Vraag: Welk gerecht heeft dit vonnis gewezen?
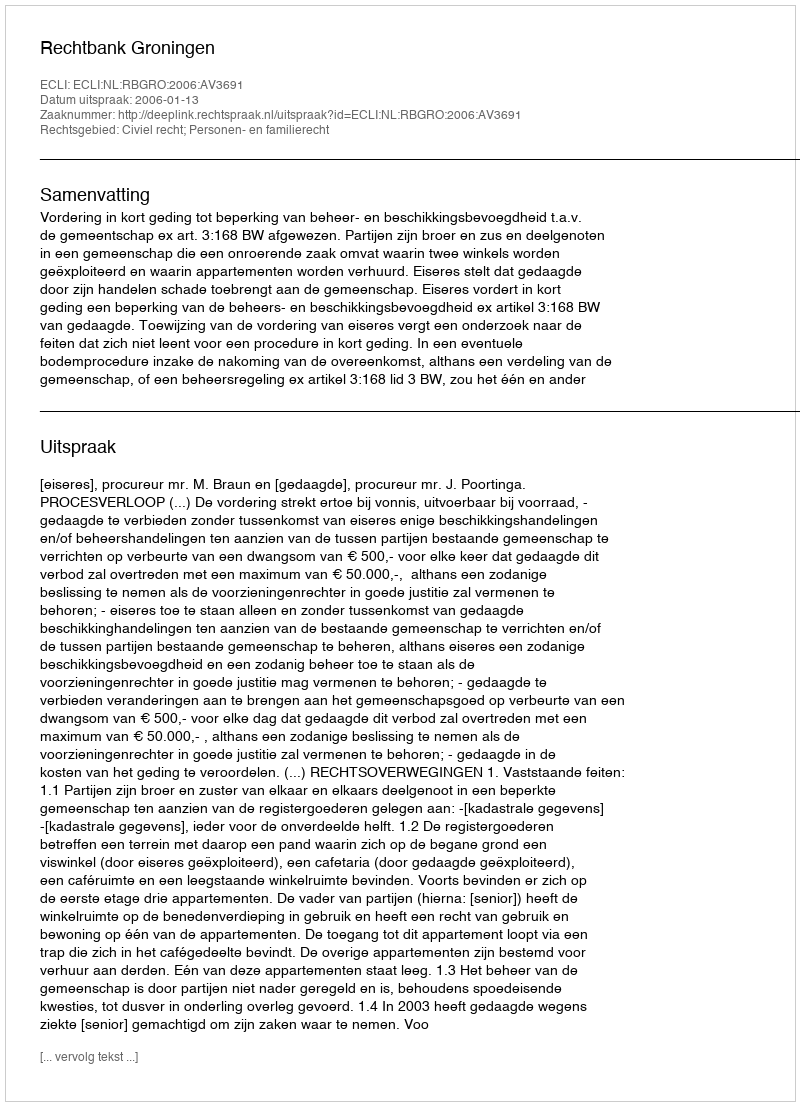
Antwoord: Rechtbank Groningen